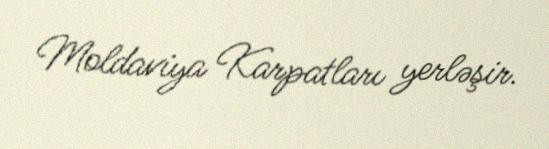
Moldaviya Karpatları yerləşir.